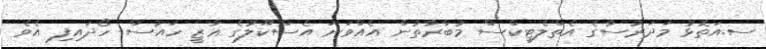
ސ.އަތޮޅު މަދަރުސާގެ އެތްލެޓިކްސް މުބާރާތުން އެއްވަނަ އެސްކޫލުގެ ޣާޒީ ހައުސް ހޯދައިފި އެވެ